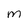
Character: M